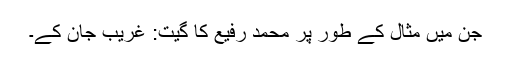
جن میں مثال کے طور پر محمد رفیع کا گیت: غریب جان کے۔